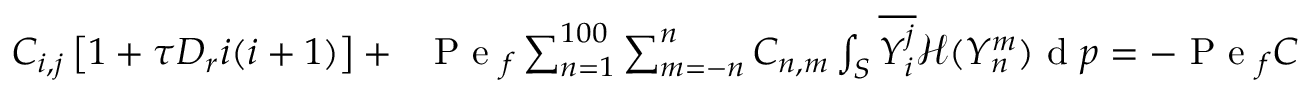
\begin{array} { r } { C _ { i , j } \left[ 1 + \tau D _ { r } i ( i + 1 ) \right] + \; \; \mathrm { ~ P ~ e ~ } _ { f } \sum _ { n = 1 } ^ { 1 0 0 } \sum _ { m = - n } ^ { n } C _ { n , m } \int _ { S } \overline { { Y _ { i } ^ { j } } } \mathcal { H } ( Y _ { n } ^ { m } ) \mathrm { ~ d ~ } \boldsymbol { p } = - \mathrm { ~ P ~ e ~ } _ { f } C _ { 0 , 0 } \int _ { S } \overline { { Y _ { i } ^ { j } } } \mathcal { H } ( Y _ { 0 } ^ { 0 } ) \mathrm { ~ d ~ } \boldsymbol { p } , \quad \mathrm { ~ f ~ o ~ r ~ \ } i \geq 1 , } \end{array}